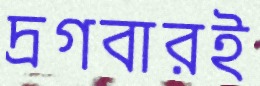
দ্রগবারই